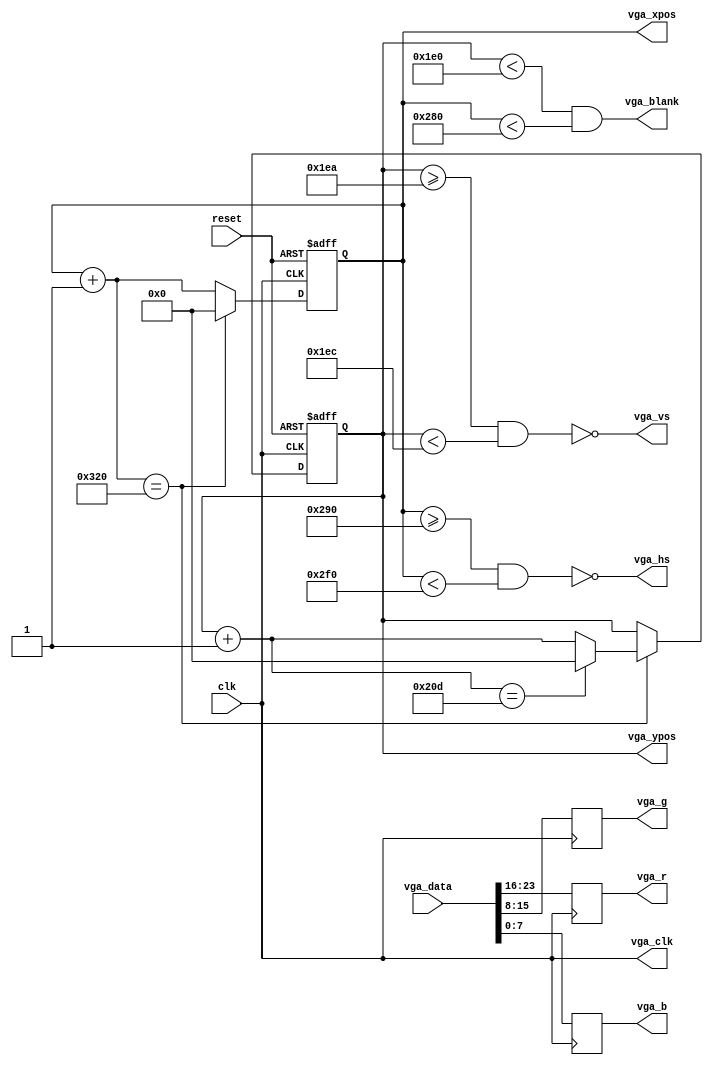
module vga_controller(clk, reset, vga_data, 
							 vga_clk, vga_hs, vga_vs,
							 vga_blank,
							 vga_r, vga_g, vga_b, vga_xpos, vga_ypos);
	/**
	 **************  	clk		H_SYNC	H_BACK	H_DISPLAY	H_FRONT	H_TOTAL	V_SYNC	V_BACK	V_DISPLAY	V_FRONT	V_TOTAL
	 * 640x480@60Hz 	25.MHZ	96			48			640			16			800		2			33			480			10			525	
	 */
	
	input 		clk;
	input 		reset;
	input [23:0] vga_data;
	output		vga_hs;
	output		vga_vs;
	output		vga_blank;
	output		vga_clk;
	output reg[7:0] vga_r;
	output reg[7:0] vga_g;
	output reg[7:0] vga_b;
	output[9:0]	 vga_xpos;
	output[9:0]	 vga_ypos;
	
	reg[9:0]		hcnt;
	reg[9:0]		vcnt;
	
	parameter H_SYNC = 96;
	parameter H_BACK = 48;
	parameter H_DISPLAY = 640;
	parameter H_FRONT = 16;
	parameter H_TOTAL = 800;
	parameter V_SYNC = 2;
	parameter V_BACK = 33;
	parameter V_DISPLAY = 480;
	parameter V_FRONT = 10;
	parameter V_TOTAL = 525;
	
	assign vga_clk = clk;

	
	always@(posedge clk or negedge reset) 
	begin
		if (~reset) begin
			hcnt = 0;
			vcnt = 0;
		end else begin
			hcnt = hcnt + 9'b1;
			if(hcnt == H_TOTAL) begin						// line over
				hcnt = 9'b0;
				vcnt = vcnt + 9'b1;				
				if (vcnt == V_TOTAL)	 	   // frame over
					vcnt = 9'b0;
			end
		end
	end
	
	assign vga_hs = ~(hcnt >= H_DISPLAY + H_FRONT && hcnt < H_DISPLAY + H_FRONT + H_SYNC);
	assign vga_vs = ~(vcnt >= V_DISPLAY + V_FRONT && vcnt < V_DISPLAY + V_FRONT + V_SYNC);
	assign vga_blank = vcnt < V_DISPLAY && hcnt < H_DISPLAY;
	
	always @ (posedge clk)
	begin
		vga_r = vga_data[23:16];
		vga_g = vga_data[15:8];
		vga_b = vga_data[7:0];
	end
	
	assign vga_xpos = hcnt;
	assign vga_ypos = vcnt;
	
endmodule